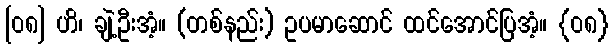
[၀၈] ဟိ၊ ချဲ့ဦးအံ့။ (တစ်နည်း) ဥပမာဆောင် ထင်အောင်ပြအံ့။ {၀၈}